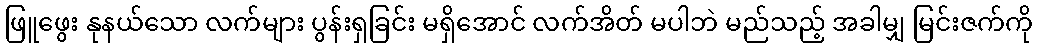
ဖြူဖွေး နုနယ်သော လက်များ ပွန်းရှခြင်း မရှိအောင် လက်အိတ် မပါဘဲ မည်သည့် အခါမျှ မြင်းဇက်ကို